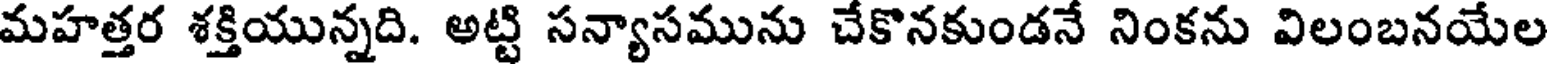
మహత్తర శక్తియున్నది. అట్టి సన్యాసమును చేకొనకుండనే నింకను విలంబనయేల